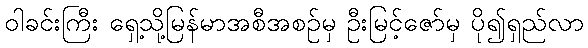
ဝါခင်းကြီး ရှေ့သို့မြန်မာအစီအစဉ်မှ ဦးမြင့်ဇော်မှ ပို၍ရှည်လာ